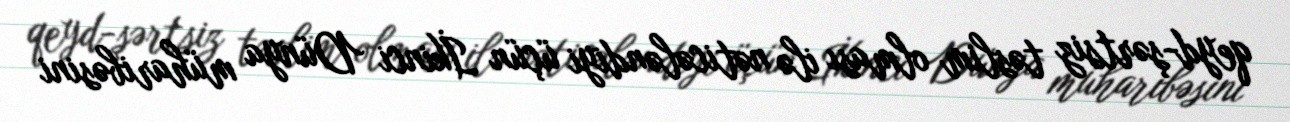
qeyd-şərtsiz təslim olması ilə nəticələndiyi üçün İkinci Dünya müharibəsini